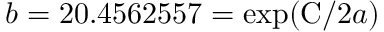
b = 2 0 . 4 5 6 2 5 5 7 = \exp ( { \mathrm { C } } / 2 a )